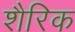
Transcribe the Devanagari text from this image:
शैरिक